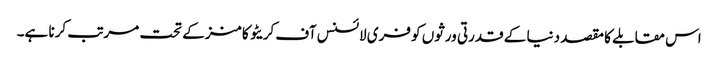
اس مقابلے کا مقصد دنیا کے قدرتی ورثوں کو فری لائسنس آف کریٹو کامنز کے تحت مرتب کرنا ہے۔